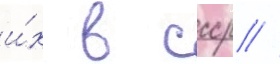
и́х в ссср //